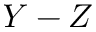
Y - Z